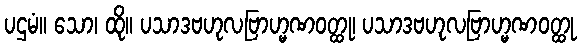
ပဌမံ။ သော၊ ထို။ ပသာဒဗဟုလဗြာဟ္မဏဝတ္ထု၊ ပသာဒဗဟုလဗြာဟ္မဏဝတ္ထု